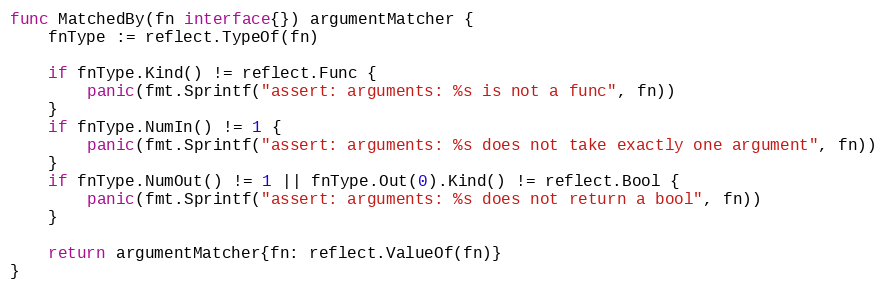
Language: Go
func MatchedBy(fn interface{}) argumentMatcher {
	fnType := reflect.TypeOf(fn)

	if fnType.Kind() != reflect.Func {
		panic(fmt.Sprintf("assert: arguments: %s is not a func", fn))
	}
	if fnType.NumIn() != 1 {
		panic(fmt.Sprintf("assert: arguments: %s does not take exactly one argument", fn))
	}
	if fnType.NumOut() != 1 || fnType.Out(0).Kind() != reflect.Bool {
		panic(fmt.Sprintf("assert: arguments: %s does not return a bool", fn))
	}

	return argumentMatcher{fn: reflect.ValueOf(fn)}
}